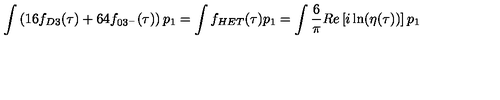
\int \left( 1 6 f _ { D 3 } ( \tau ) + 6 4 f _ { 0 3 ^ { - } } ( \tau ) \right) p _ { 1 } = \int f _ { H E T } ( \tau ) p _ { 1 } = \int \frac { 6 } { \pi } R e \left[ i \ln ( \eta ( \tau ) ) \right] p _ { 1 }